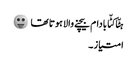
ہٹّا کٹّا بادام بیچنے والا ہوتا تھا 😛
امتیاز ۔